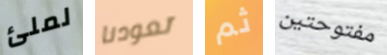
لملئ تعودنا ثم مفتوحتين